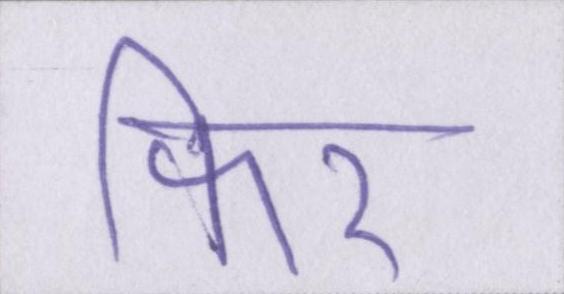
फिर